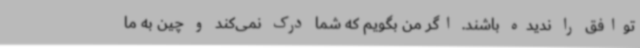
توافق را ندیده باشند. اگر من بگویم که شما درک نمی‌کند و چین به ما